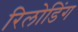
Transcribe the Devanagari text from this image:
रिलोडिंग